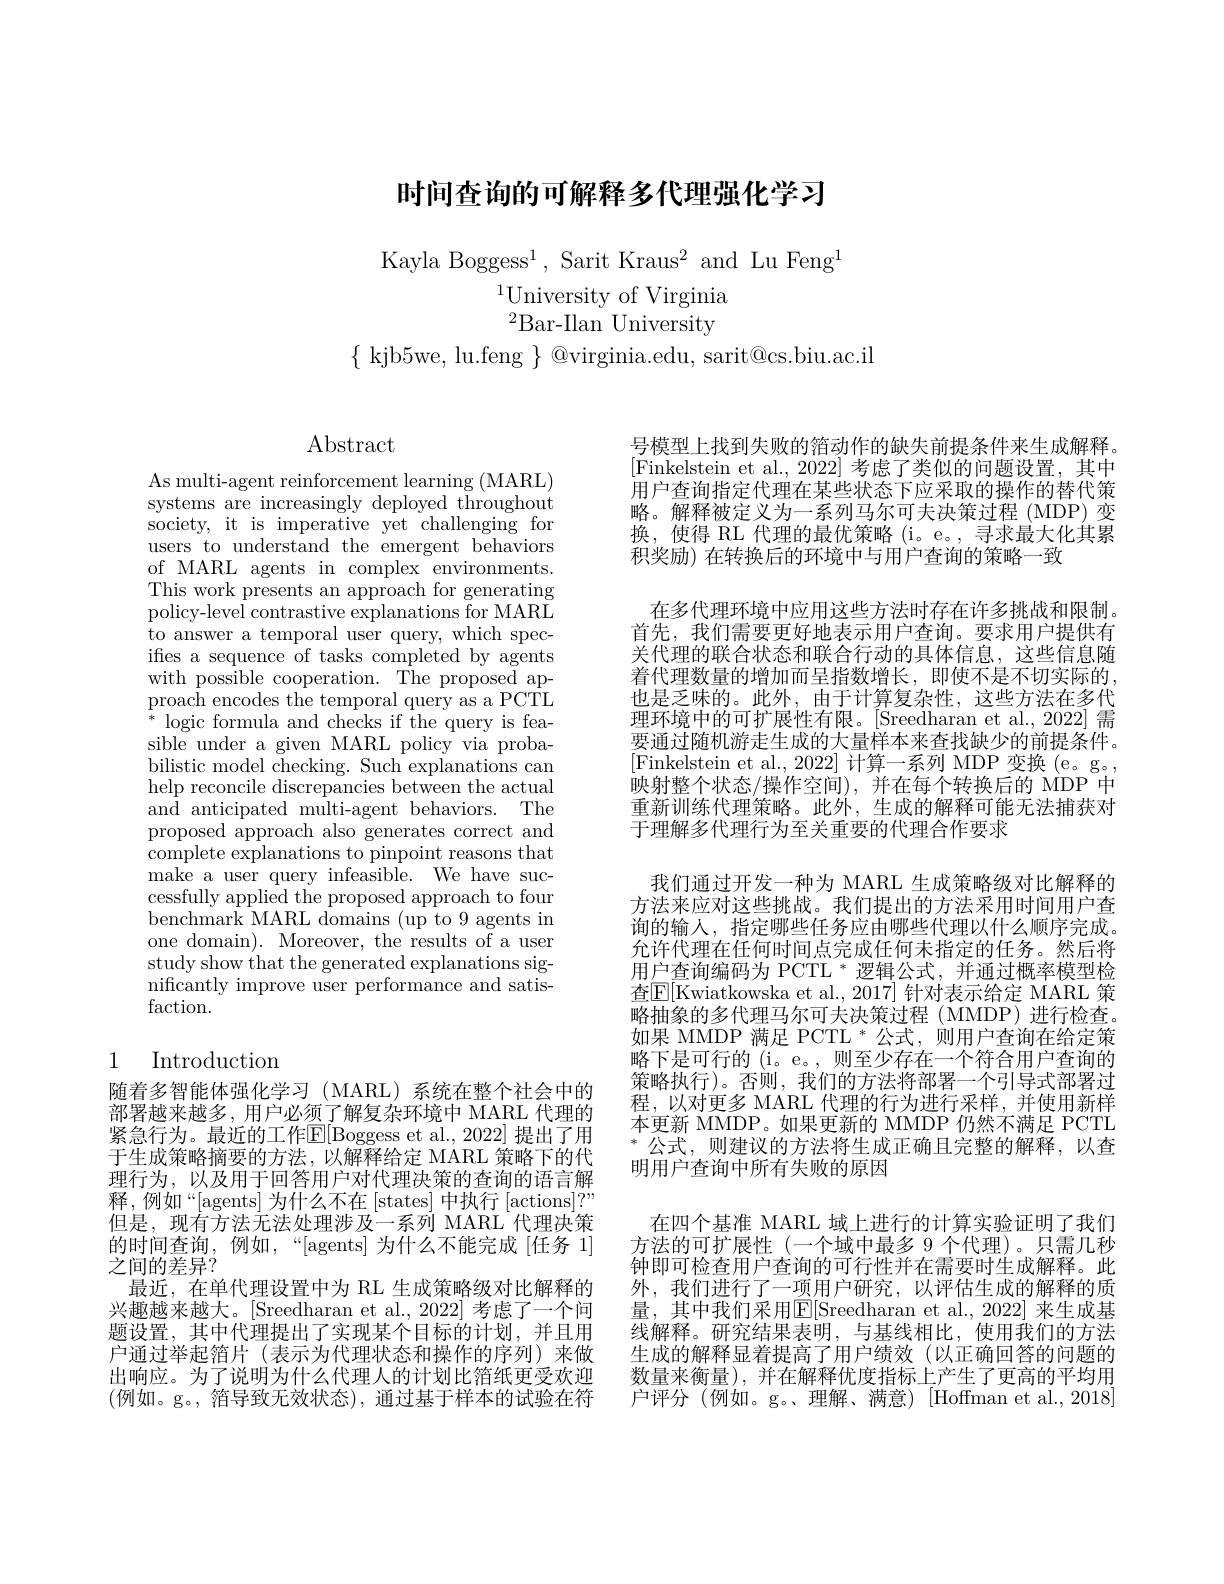
# 时间查询的可解释多代理强化学习

Kayla Boggess$^1$, Sarit Kraus$^2$ and Lu Feng$^1$
$^{1}$University of Virginia $^2$Bar-Ilan University

$\{$ kjb5we, lu.feng $\}$ @virginia.edu, sarit@cs.biu.ac.il

$\operatorname{Abstract}$

As multi-agent reinforcement learning (MARL) systems are increasingly deployed throughout society, it is imperative yet challenging for users to understand the emergent behaviors of MARL agents in complex environments This work presents an approach for generating policy-level contrastive explanations for MARL to answer a temporal user query, which specifies a sequence of tasks completed by agents with possible cooperation. The proposed approach encodes the temporal query as a PCTL $^{*}$ logic formula and checks if the query is feasible under a given MARL policy via probabilistic model checking. Such explanations can help reconcile discrepancies between the actual and anticipated multi-agent behaviors. The proposed approach also generates correct and complete explanations to pinpoint reasons that ${\mathrm{make~a~user~query~infeasible.~We~have~suc-}}$ cessfully applied the proposed approach to four benchmark MARL domains (up to 9 agents in one domain). Moreover, the results of a user study show that the generated explanations significantly improve user performance and satisfaction.

# 1 Introduction

随着多智能体强化学习(MARL)系统在整个社会中的部署越来越多，用户必须了解复杂环境中 MARL 代理的紧急行为。最近的工作$\mathbb{E}[$Boggess et al.,2022] 提出了用于生成策略摘要的方法，以解释给定 MARL 策略下的代理行为，以及用于回答用户对代理决策的查询的语言解释，例如“[agents]为什么不在[states]中执行[actions]?” 但是，现有方法无法处理涉及一系列 MARL 代理决策的时间查询，例如，“[agents] 为什么不能完成[任务 1] 之间的差异？
最近，在单代理设置中为 RL 生成策略级对比解释的兴趣越来越大。[Sreedharan et al., 2022] 考虑了一个问题设置，其中代理提出了实现某个目标的计划，并且用户通过举起箔片(表示为代理状态和操作的序列)来做出响应。为了说明为什么代理人的计划比箔纸更受欢迎(例如。g。, 箔导致无效状态), 通过基于样本的试验在符

号模型上找到失败的箔动作的缺失前提条件来生成解释。[Finkelstein et al., 2022] 考虑了类似的问题设置，其中用户查询指定代理在某些状态下应采取的操作的替代策略。解释被定义为一系列马尔可夫决策过程 (MDP) 变换，使得 RL 代理的最优策略 (i。e。, 寻求最大化其累积奖励) 在转换后的环境中与用户查询的策略一致
在多代理环境中应用这些方法时存在许多挑战和限制。首先，我们需要更好地表示用户查询。要求用户提供有关代理的联合状态和联合行动的具体信息，这些信息随着代理数量的增加而呈指数增长，即使不是不切实际的， 也是乏味的。此外，由于计算复杂性，这些方法在多代理环境中的可扩展性有限。[Sreedharan et al.,2022] 需要通过随机游走生成的大量样本来查找缺少的前提条件。[Finkelstein et al., 2022] 计算一系列 MDP 变换(e。g。, 映射整个状态/操作空间),并在每个转换后的 MDP 中重新训练代理策略。此外，生成的解释可能无法捕获对于理解多代理行为至关重要的代理合作要求
我们通过开发一种为 MARL 生成策略级对比解释的方法来应对这些挑战。我们提出的方法采用时间用户查询的输入，指定哪些任务应由哪些代理以什么顺序完成。允许代理在任何时间点完成任何未指定的任务。然后将用户查询编码为 PCTL * 逻辑公式，并通过概率模型检查$\mathbb{E}[$Kwiatkowska et al., 2017] 针对表示给定 MARL 策略抽象的多代理马尔可夫决策过程(MMDP)进行检查。如果 MMDP 满足 PCTL * 公式，则用户查询在给定策略下是可行的 (i。e。, 则至少存在一个符合用户查询的策略执行)。否则，我们的方法将部署一个引导式部署过程，以对更多 MARL 代理的行为进行采样，并使用新样本更新 MMDP。如果更新的 MMDP 仍然不满足 PCTL $^*$公式，则建议的方法将生成正确且完整的解释，以查明用户查询中所有失败的原因
在四个基准 MARL 域上进行的计算实验证明了我们方法的可扩展性(一个域中最多 9 个代理)。只需几秒钟即可检查用户查询的可行性并在需要时生成解释。此外，我们进行了一项用户研究，以评估生成的解释的质量，其中我们采用|E|Sreedharan et al.,2022] 来生成基线解释。研究结果表明，与基线相比，使用我们的方法生成的解释显着提高了用户绩效(以正确回答的问题的数量来衡量),并在解释优度指标上产生了更高的平均用户评分(例如。g。、理解、满意)[Hoffman et al.,2018]